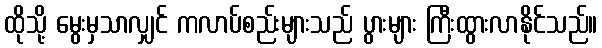
ထိုသို့ မွေးမှသာလျှင် ကလာပ်စည်းများသည် ပွားများ ကြီးထွားလာနိုင်သည်။